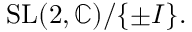
{ \mathrm { S L } } ( 2 , \mathbb { C } ) / \{ \pm I \} .